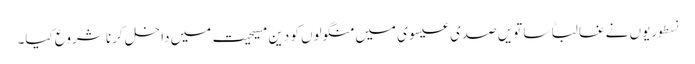
نسطوریوں نے غالباً ساتویں صدی عیسوی میں منگولوں کو دین مسیحیت میں داخل کرنا شروع کیا۔